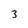
Character: 3